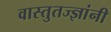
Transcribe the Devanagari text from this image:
वास्तुतज्ज्ञांनी